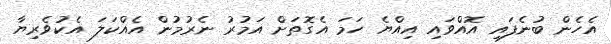
އެހެން ބުނެފައި އޮއްވައި އިއްޔެ ހަމަ އެގޮތަށް އަމުރު ނެރުމުން އެއްކަލަ އެކުވެރިޔާ